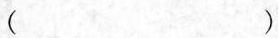
()